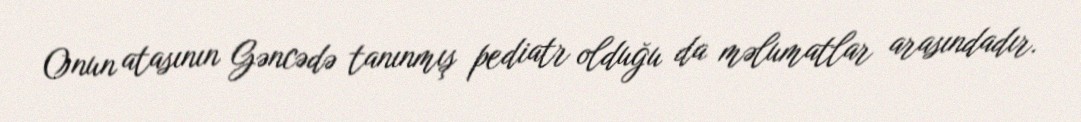
Onun atasının Gəncədə tanınmış pediatr olduğu da məlumatlar arasındadır.